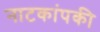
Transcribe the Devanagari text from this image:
नाटकांपकी